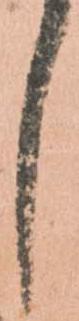
し